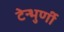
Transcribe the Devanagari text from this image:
टेन्भुर्णी